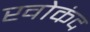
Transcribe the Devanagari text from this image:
खोकंद